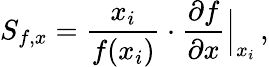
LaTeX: S_{f,x}=\frac{x_{i}}{f(x_{i})}\cdot\frac{\partial f}{\partial x}\Bigr\rvert_{x_{i}}\, ,